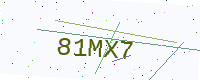
Text: 81MX7